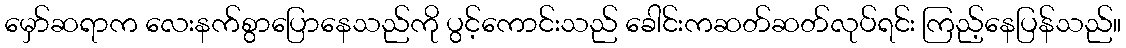
မှော်ဆရာက လေးနက်စွာပြောနေသည်ကို ပွင့်ကောင်းသည် ခေါင်းကဆတ်ဆတ်လုပ်ရင်း ကြည့်နေပြန်သည်။